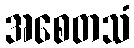
အစေတသံ